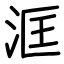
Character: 洭